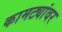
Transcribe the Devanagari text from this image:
कामट्यांवर